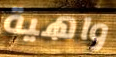
واهية